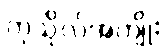
ကုသိုလ်အကျိုး